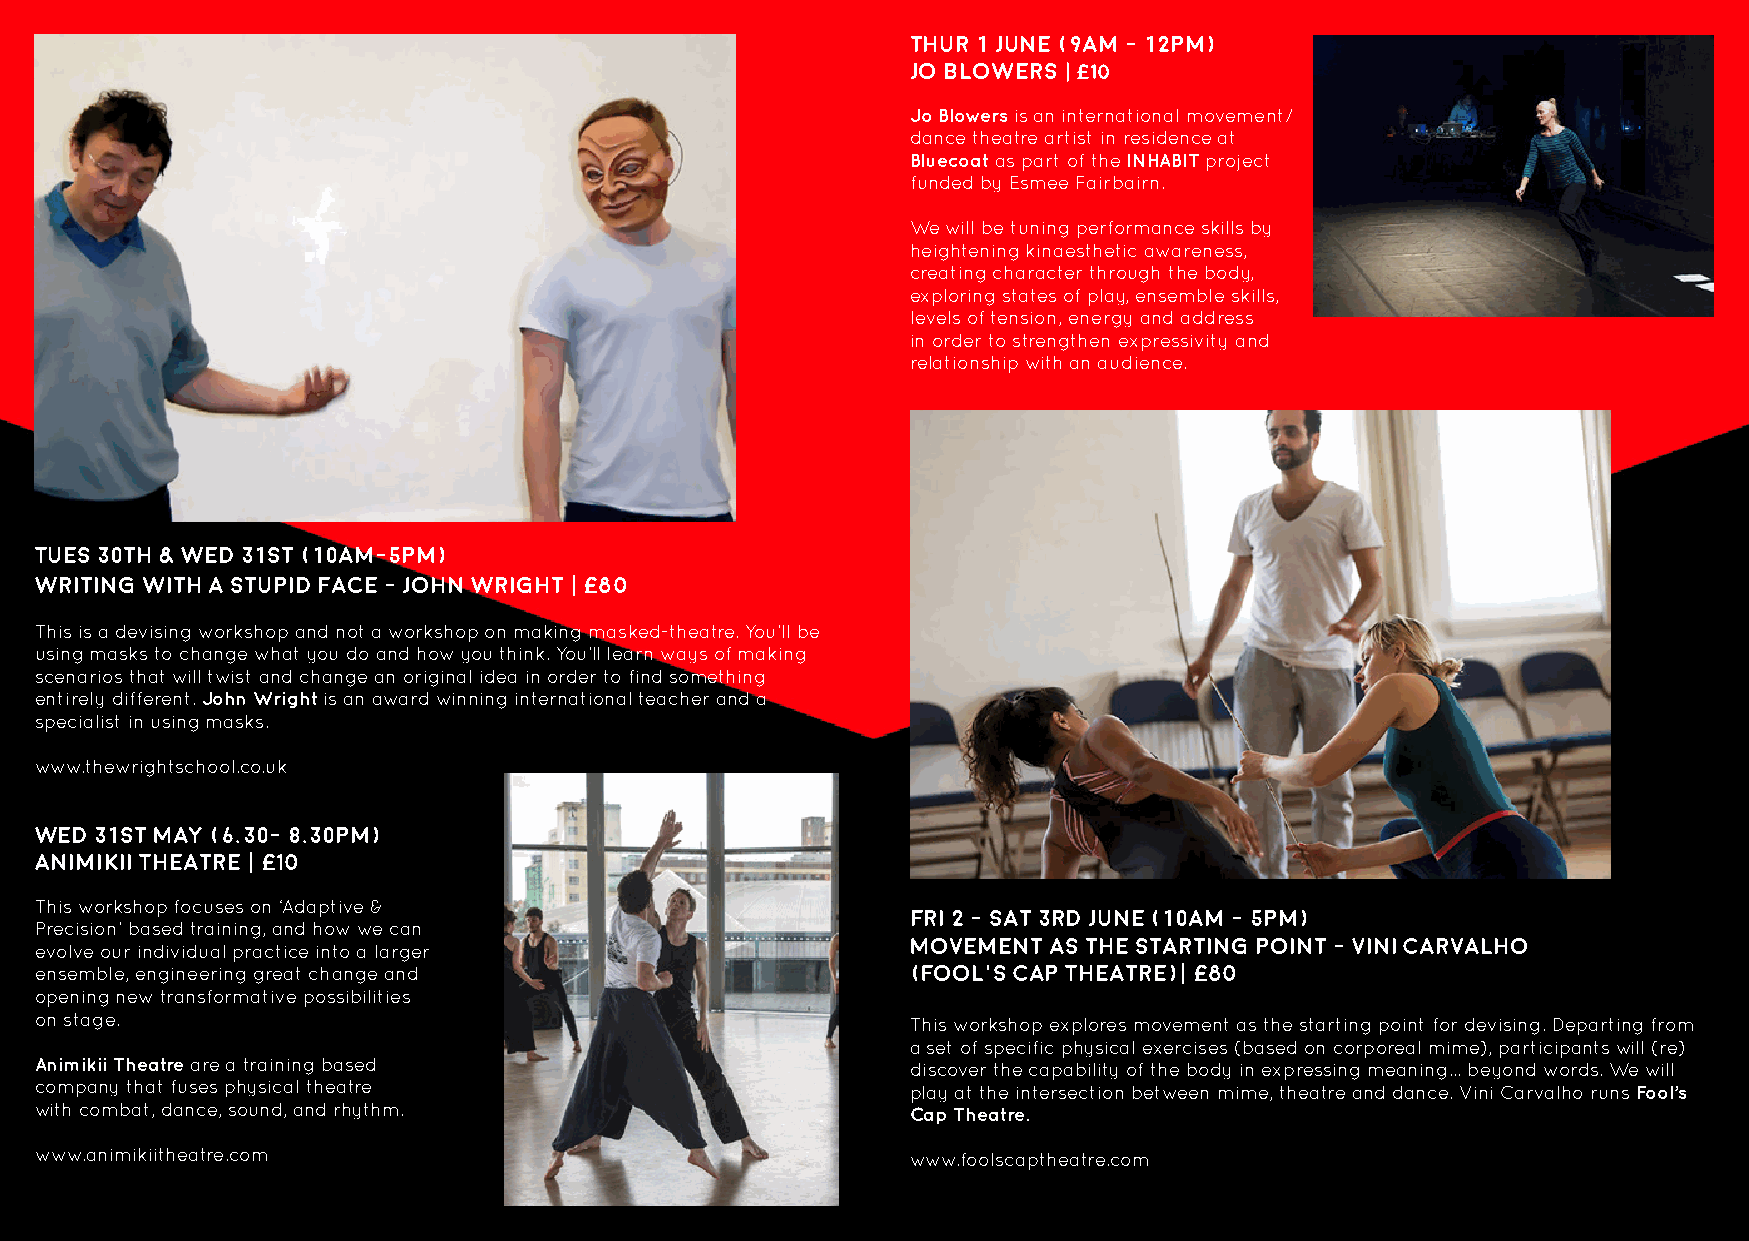
thur 1 june (9am - 12pm)
 jo blowers | £10
 Jo Blowers is an international movement/
 dance theatre artist in residence at
 Bluecoat as part of the INHABIT project
 funded by Esmee Fairbairn.
 We will be tuning performance skills by
 heightening kinaesthetic awareness,
 creating character through the body,
 exploring states of play, ensemble skills,
 levels of tension, energy and address
 in order to strengthen expressivity and
 relationship with an audience.
 Tues 30th & Wed 31st (10am-5pm)
 Writing with a stupid face - John Wright | £80
 This is a devising workshop and not a workshop on making masked-theatre. You’ll be
 using masks to change what you do and how you think. You’ll learn ways of making
 scenarios that will twist and change an original idea in order to find something
 entirely different. John Wright is an award winning international teacher and a
 specialist in using masks.
 www.thewrightschool.co.uk
 Wed 31st May (6.30- 8.30pm)
 Animikii Theatre | £10
 This workshop focuses on ‘Adaptive &
 fri 2 - sat 3rd june (10am - 5pm)
 Precision’ based training, and how we can
 Movement as the starting point - Vini Carvalho
 evolve our individual practice into a larger
 ensemble, engineering great change and                    (Fool’s Cap Theatre)| £80
 opening new transformative possibilities
 on stage.                                                 This workshop explores movement as the starting point for devising. Departing from
 a set of specific physical exercises (based on corporeal mime), participants will (re)
 Animikii Theatre are a training based                     discover the capability of the body in expressing meaning... beyond words. We will
 company that fuses physical theatre                       play at the intersection between mime, theatre and dance. Vini Carvalho runs Fool’s
 with combat, dance, sound, and rhythm.                    Cap Theatre.
 www.animikiitheatre.com                                   www.foolscaptheatre.com